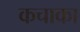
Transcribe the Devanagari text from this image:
कचाका